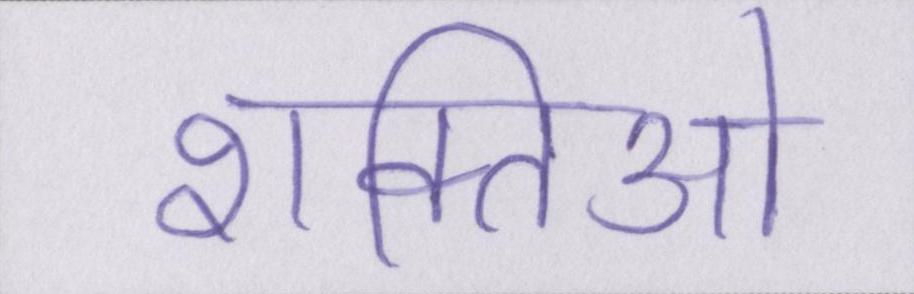
शक्तिओ